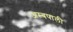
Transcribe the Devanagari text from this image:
अम्बपाली